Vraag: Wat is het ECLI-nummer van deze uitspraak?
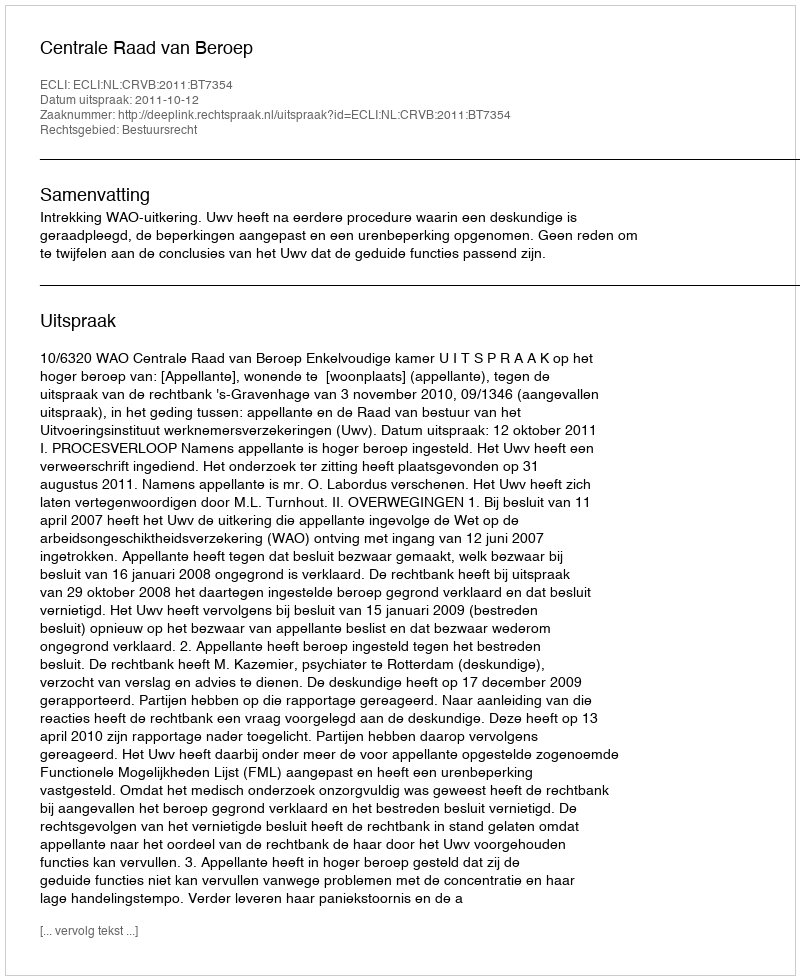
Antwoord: ECLI:NL:CRVB:2011:BT7354